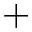
+